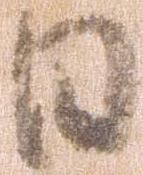
日